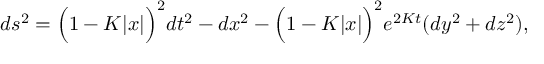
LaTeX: d s ^ { 2 } = \Big ( 1 - { \cal K } | x | \Big ) ^ { 2 } d t ^ { 2 } - d x ^ { 2 } - \Big ( 1 - { \cal K } | x | \Big ) ^ { 2 } e ^ { 2 { \cal K } t } ( d y ^ { 2 } + d z ^ { 2 } ) ,